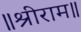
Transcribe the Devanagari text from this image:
॥श्रीराम॥